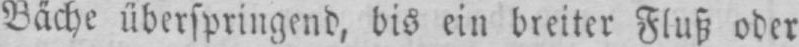
Bäche überspringend, bis ein breiter Fluß oder